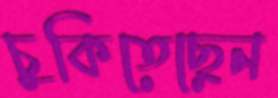
চুকিতেছেন